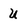
Character: u